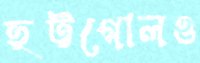
হট্টগোলও